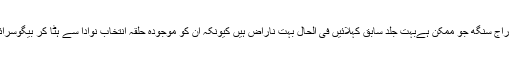
مرکزی وزیر گری راج سنگھ جو ممکن ہےبہت جلد سابق کہلائیں فی الحال بہت ناراض ہیں کیونکہ ان کو موجودہ حلقہ انتخاب نوادا سے ہٹا کر بیگوسرائے بھیج دیا گیا ہے۔